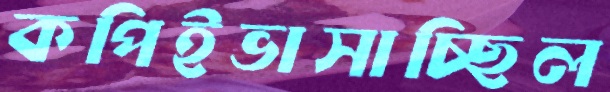
কপিইভাসাচ্ছিল